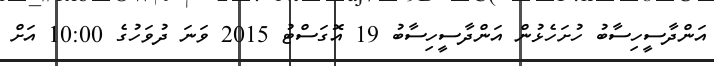
އަންދާސީހިސާބު ހުށަހެޅުން އަންދާސީހިސާބު 19 އޮގަސްޓު 2015 ވަނަ ދުވަހުގެ 10:00 އަށް